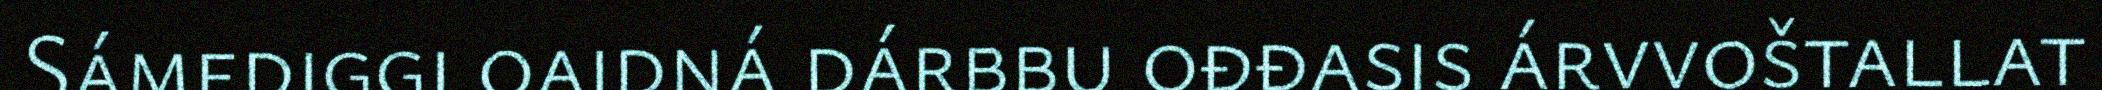
Sámediggi oaidná dárbbu ođđasis árvvoštallat